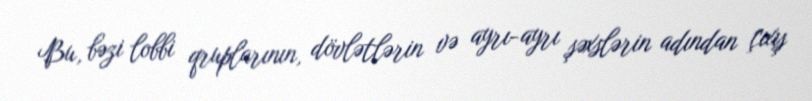
Bu, bəzi lobbi qruplarının, dövlətlərin və ayrı-ayrı şəxslərin adından çıxış